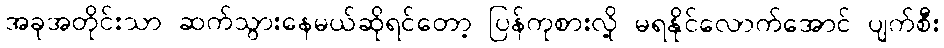
အခုအတိုင်းသာ ဆက်သွားနေမယ်ဆိုရင်တော့ ပြန်ကုစားလို့ မရနိုင်လောက်အောင် ပျက်စီး